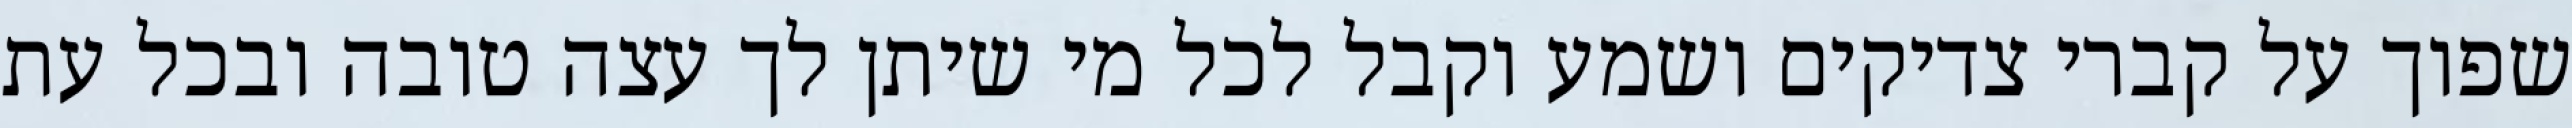
שפוך על קברי צדיקים ושמע וקבל לכל מי שיתן לך עצה טובה ובכל עת